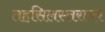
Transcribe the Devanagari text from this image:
तहसिलस्तरावर